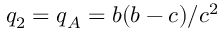
q _ { 2 } = q _ { A } = b ( b - c ) / c ^ { 2 }